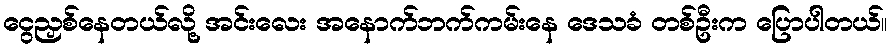
ငွေညှစ်နေတယ်လို့ အင်းလေး အနောက်ဘက်ကမ်းနေ ဒေသခံ တစ်ဦးက ပြောပါတယ်။